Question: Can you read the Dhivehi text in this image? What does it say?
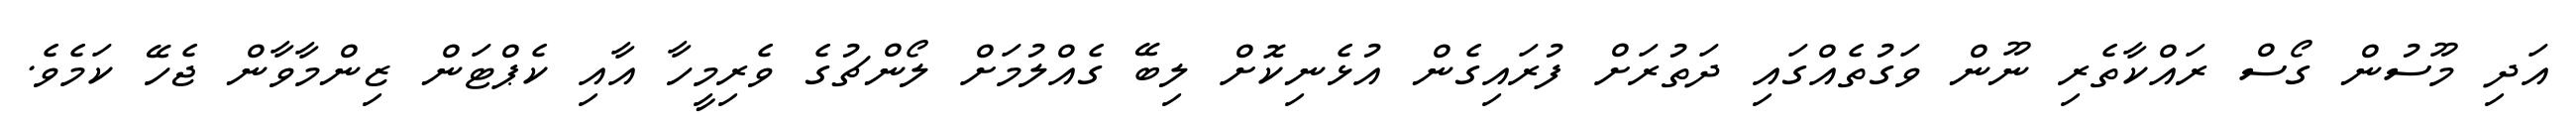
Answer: އަދި މޫސުން ގޯސް ރައްކާތެރި ނޫން ވަގުތެއްގައި ދަތުރަށް ފުރައިގެން އުޅެނިކޮށް ލިބޭ ގެއްލުމަށް ލޯންޗުގެ ވެރިމީހާ އާއި ކެޕްޓަން ޒިންމާވާން ޖެހޭ ކަމެވެ.